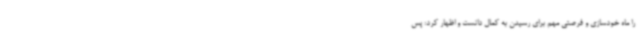
را ماه خودسازی و فرصتی مهم برای رسیدن به کمال دانست و اظهار کرد: پس